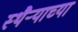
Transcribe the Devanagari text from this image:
स्थैऱ्याच्या